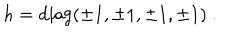
h = \mathrm { d i a g } ( \pm 1 , \pm 1 , \pm 1 , \pm 1 ) \ .